Scottish Certificate of Education, 1962
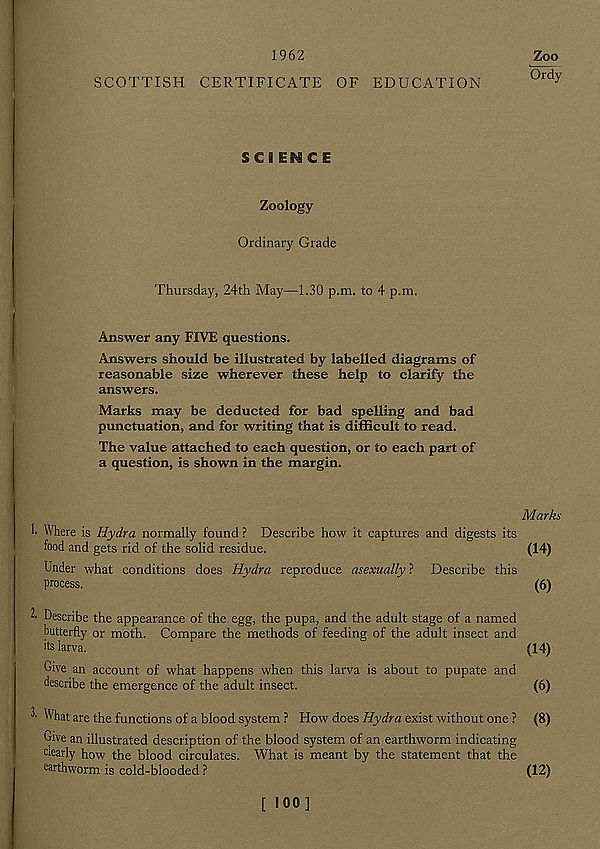
1962
SCOTTISH CERTIFICATE OF EDUCATION
Zoo
Ordy
SCIENCE
Zoology
Ordinary Grade
Thursday, 24th May—1.30 p.m. to 4 p.m.
Answer any FIVE questions.
Answers should be illustrated by labelled diagrams of
reasonable size wherever these help to clarify the
answers.
Marks may be deducted for bad spelling and bad
punctuation, and for writing that is difficult to read.
The value attached to each question, or to each part of
a question, is shown in the margin.
Marks
1. Where is Hydra normally found ? Describe how it captures and digests its
food and gets rid of the solid residue.
(14)
Under what conditions does Hydra reproduce asexually ? Describe this
process.
(6)
2. Describe the appearance of the egg, the pupa, and the adult stage of a named
butterfly or moth. Compare the methods of feeding of the adult insect and
its larva.
(14)
Give an account of what happens when this larva is about to pupate and
describe the emergence of the adult insect.
(6)
2' What are the functions of a blood system ? How does Hydra exist without one ? (8)
Give an illustrated description of the blood system of an earthworm indicating
dearly how the blood circulates. What is meant by the statement that the
earthworm is cold-blooded ?
(12)
[ 100]